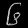
Digit: ၆